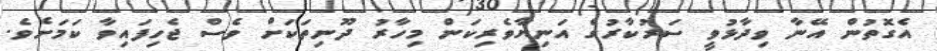
އެގޮތުން އޭނާ ވިދާޅުވީ ސަރުކާރުގެ އަނިޔާވެރިކަން މިހާރު ދޫނިތަކަށް ވެސް ޖެހިފައިވާ ކަމަށެވެ.